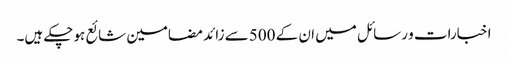
اخبارات و رسائل میں ان کے 500سے زائد مضامین شائع ہوچکے ہیں۔